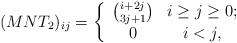
LaTeX: \begin{align*}(MNT_{2})_{ij}=\left\{\begin{array}{cc}{i+2j \choose 3j+1} & i\geq j\geq0;\\0& i<j,\end{array}\right.\end{align*}